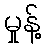
မှုန့်